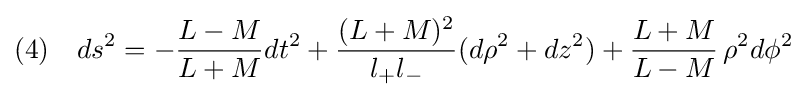
(4)\quad ds^{2}=-{\frac {L-M}{L+M}}dt^{2}+{\frac {(L+M)^{2}}{l_{+}l_{-}}}(d\rho ^{2}+dz^{2})+{\frac {L+M}{L-M}}\,\rho ^{2}d\phi ^{2}